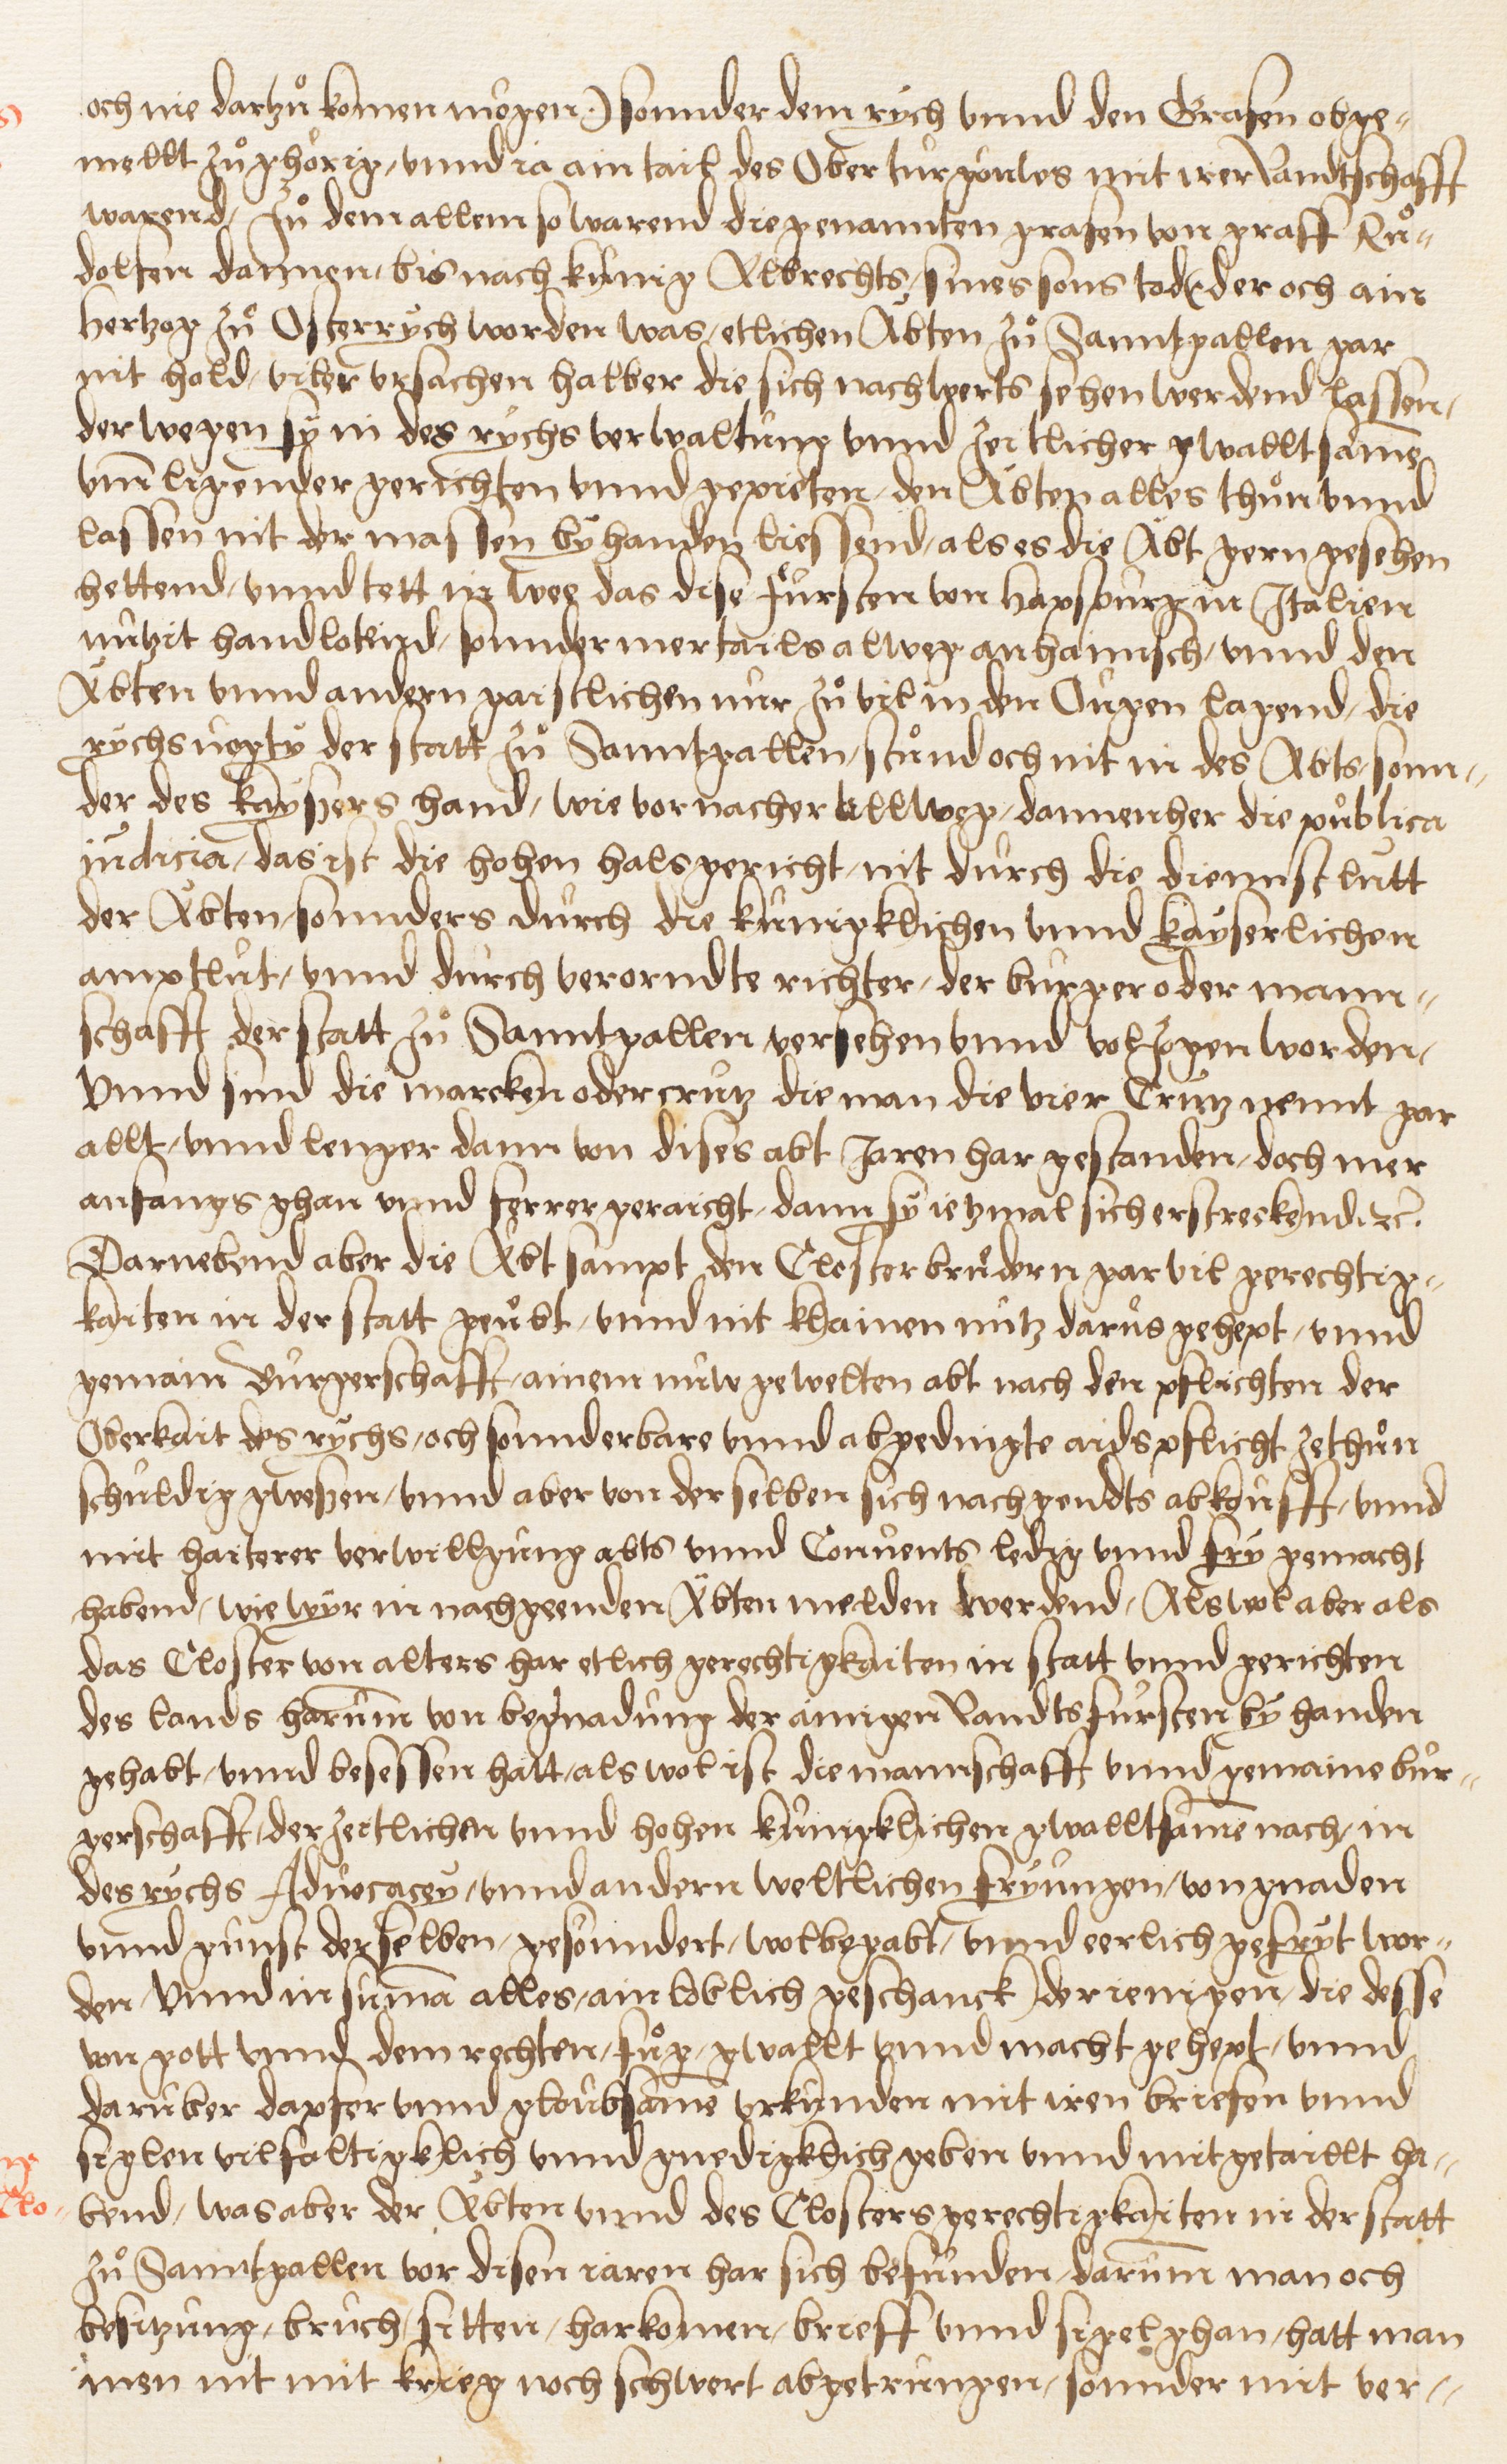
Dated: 1549–1549